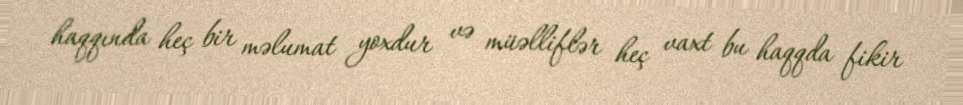
haqqında heç bir məlumat yoxdur və müəlliflər heç vaxt bu haqqda fikir